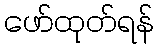
ဖော်ထုတ်ရန်